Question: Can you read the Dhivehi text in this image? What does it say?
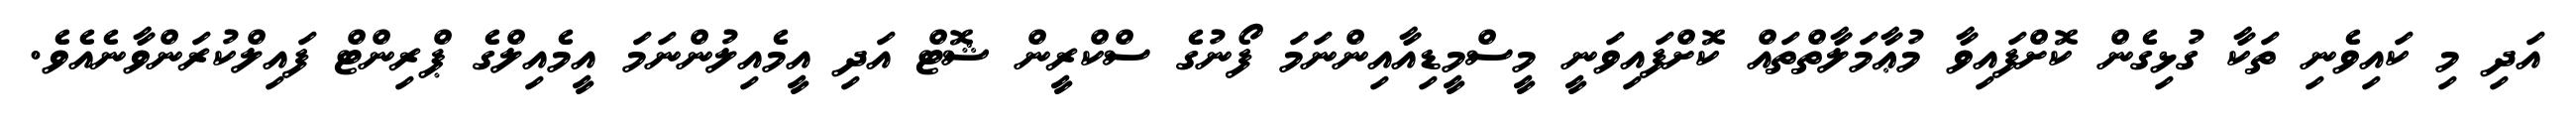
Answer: އަދި މި ކައިވެނި ތަކާ ގުޅިގެން ކޮށްފައިވާ މުޢާމަލާތްތައް ކޮށްފައިވަނީ މީސްމީޑިއާއިންނަމަ ފޯނުގެ ސްކްރީން ޝޮޓް އަދި އީމެއިލުންނަމަ އީމެއިލްގެ ޕްރިންޓް ފައިލްކުރަންވާނެއެވެ.